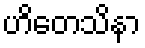
ဟိတေသိနာ